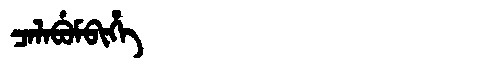
Manchu: ᠴᠠᠯᠠᠪᡠᠮᠪᡳᡥᡝ
Romanization: CALABUMBIHE